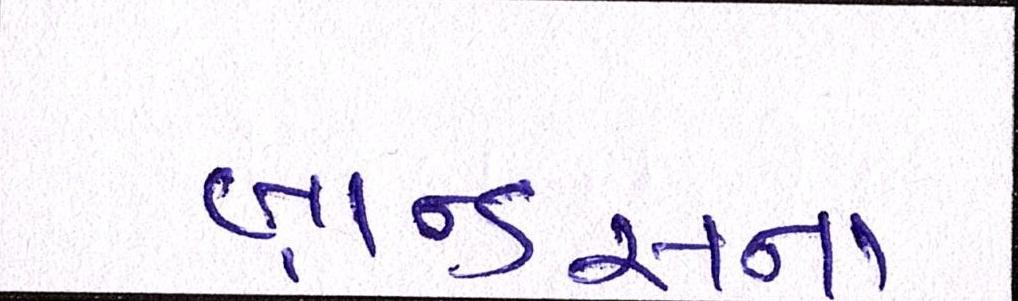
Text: બ્રાન્ડ્સના